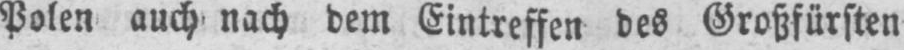
Polen auch nach dem Eintreffen des Großfürsten